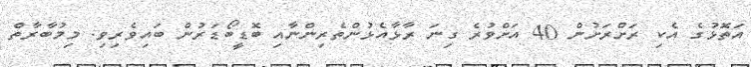
އަތޮޅުގެ އެކި ރަށްރަށުން 40 އަށްވުރެ ގިނަ ރާޅާއެޅުންތެރިންނާއި ބޮޑީބޯޑަރުން ބައިވެރިވި. މިމުބާރާތް